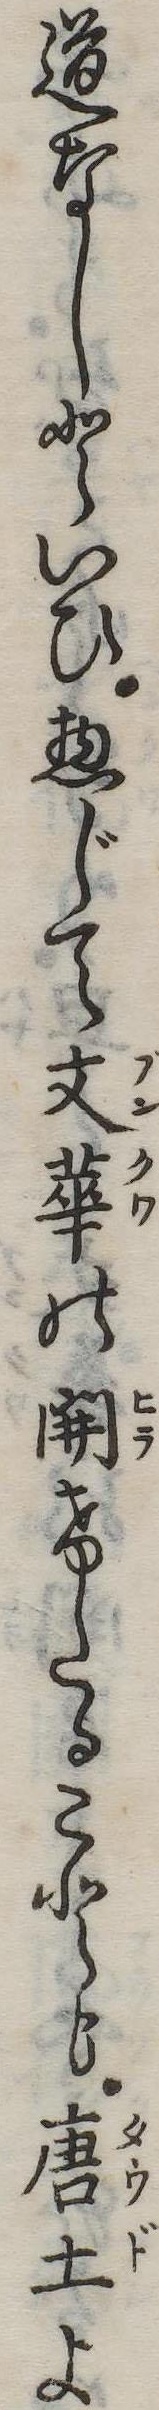
道なしといひ惣じて文華の開けたることも唐土よ